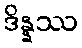
ဒိန္နဿ